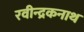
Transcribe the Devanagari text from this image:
रवीन्द्रकनाथ